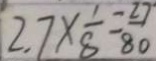
2 7 \times \frac { 1 } { 8 } = \frac { 2 7 } { 8 0 }